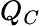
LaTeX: Q_{C}